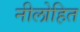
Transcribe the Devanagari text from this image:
नीलोहित